Lunatic asylums Madras 1892-1911 - 1892-1911
Year: 1892
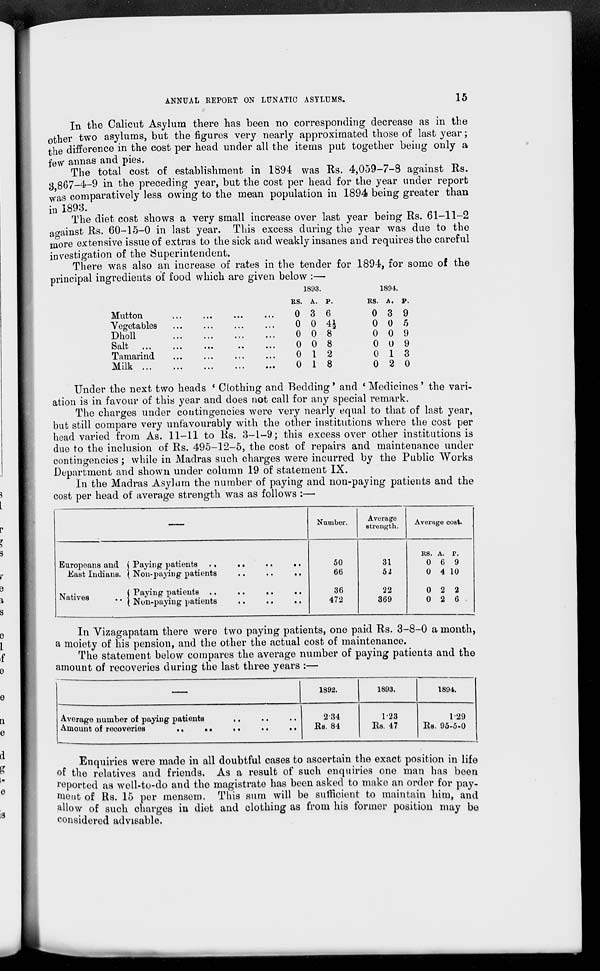
ANNUAL REPORT ON LUNATIC ASYLUMS.
15
In the Calicut Asylum there has been no corresponding decrease as in the
other two asylums, but the figures very nearly approximated those of last year;
the difference in the cost per head under all the items put together being only a
few annas and pies.
The total cost of establishment in 1894 was Rs. 4,059-7-8 against Rs.
3,867-4-9 in the preceding year, but the cost per head for the year under report
was comparatively less owing to the mean population in 1894 being greater than
in 1893.
The diet cost shows a very small increase over last year being Rs. 61-11-2
against Rs. 60-15-0 in last year. This excess during the year was due to the
more extensive issue of extras to the sick and weakly insanes and requires the careful
investigation of the Superintendent.
There was also an increase of rates in the tender for 1894, for some of the
principal ingredients of food which are given below :—
Mutton ... ... ... ...
Vegetables ... ... ... ...
Dholl
...
...
...
...
Salt ... ... ... ... ...
Tamarind ... ... ... ...
Milk ... ... ... ... ...
1893.
Rs.
0
0
0
0
0
0
A.
3
0
0
0
1
1
P.
6
4½
8
8
2
8
1894.
Rs.
0
0
0
0
0
0
A.
3
0
0
0
1
2
P.
9
5
9
9
3
0
Under the next two heads ' Clothing and Bedding' and ' Medicines ' the vari-
ation is in favour of this year and does not call for any special remark.
The charges under contingencies were very nearly equal to that of last year,
but still compare very unfavourably with the other institutions where the cost per
head varied from As. 11-11 to Rs. 3-1-9; this excess over other institutions is
due to the inclusion of Rs. 495-12-5, the cost of repairs and maintenance under
contingencies; while in Madras such charges were incurred by the Public Works
Department and shown under column 19 of statement IX.
In the Madras Asylum the number of paying and non-paying patients and the
cost per head of average strength was as follows :—
Europeans and
East Indians.
Natives
..
—
Paying patients
..
..
..
..
Non-paying patients
..
..
..
Paying patients ..
..
..
..
Non-paying patients
..
..
..
Number.
50
66
36
472
Average
strength.
31
52
22
369
Average cost.
Rs.
0
0
0
0
A.
6
4
2
2
P.
9
10
2
6
In Vizagapatam there were two paying patients, one paid Rs. 3-8-0 a month,
a moiety of his pension, and the other the actual cost; of maintenance.
The statement below compares the average number of paying patients and the
amount of recoveries during the last three years :—
—
Average number of paying patients .. .. ..
Amount of recoveries .. .. .. .. ..
1892.
2.34
Rs. 84
1893.
1.23
Rs. 47
1894.
1.29
Rs. 95-5-0
Enquiries were made in all doubtful cases to ascertain the exact position in life
of the relatives and friends. As a result of such enquiries one man has been
reported as well-to-do and the magistrate has been asked to make an order for pay-
ment of Rs. 15 per mensem. This sum will be sufficient to maintain him, and
allow of such charges in diet and clothing as from his former position may be
considered advisable.